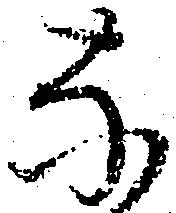
な